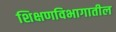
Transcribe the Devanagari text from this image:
शिक्षणविभागातील